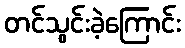
တင်သွင်းခဲ့ကြောင်း